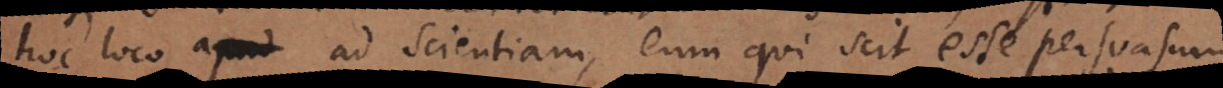
hoc loco ad scientiam, eum qui scit esse persuasum